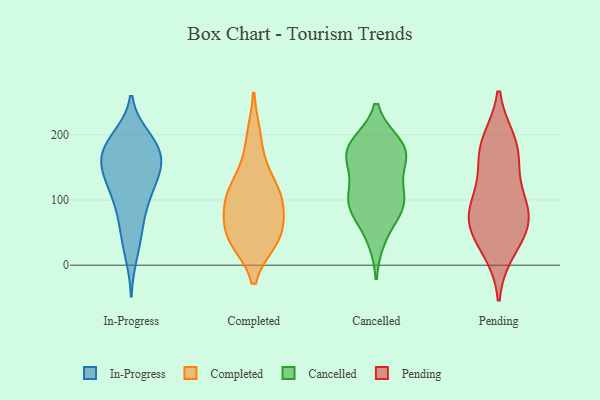
{"axis": {"x": "LTV (USD)", "y": "Value"}, "legend": ["Cancelled", "Completed", "In-Progress", "Pending"], "data": [{"x": "", "y": 103, "type": "In-Progress"}, {"x": "", "y": 56, "type": "In-Progress"}, {"x": "", "y": 197, "type": "In-Progress"}, {"x": "", "y": 44, "type": "In-Progress"}, {"x": "", "y": 80, "type": "In-Progress"}, {"x": "", "y": 167, "type": "In-Progress"}, {"x": "", "y": 149, "type": "In-Progress"}, {"x": "", "y": 136, "type": "In-Progress"}, {"x": "", "y": 178, "type": "In-Progress"}, {"x": "", "y": 154, "type": "In-Progress"}, {"x": "", "y": 192, "type": "In-Progress"}, {"x": "", "y": 182, "type": "In-Progress"}, {"x": "", "y": 142, "type": "In-Progress"}, {"x": "", "y": 164, "type": "In-Progress"}, {"x": "", "y": 111, "type": "In-Progress"}, {"x": "", "y": 107, "type": "In-Progress"}, {"x": "", "y": 144, "type": "In-Progress"}, {"x": "", "y": 14, "type": "In-Progress"}, {"x": "", "y": 193, "type": "In-Progress"}, {"x": "", "y": 197, "type": "Completed"}, {"x": "", "y": 93, "type": "Completed"}, {"x": "", "y": 94, "type": "Completed"}, {"x": "", "y": 39, "type": "Completed"}, {"x": "", "y": 105, "type": "Completed"}, {"x": "", "y": 143, "type": "Completed"}, {"x": "", "y": 41, "type": "Completed"}, {"x": "", "y": 112, "type": "Completed"}, {"x": "", "y": 44, "type": "Completed"}, {"x": "", "y": 50, "type": "Completed"}, {"x": "", "y": 180, "type": "Cancelled"}, {"x": "", "y": 147, "type": "Cancelled"}, {"x": "", "y": 172, "type": "Cancelled"}, {"x": "", "y": 83, "type": "Cancelled"}, {"x": "", "y": 95, "type": "Cancelled"}, {"x": "", "y": 111, "type": "Cancelled"}, {"x": "", "y": 180, "type": "Cancelled"}, {"x": "", "y": 96, "type": "Cancelled"}, {"x": "", "y": 185, "type": "Cancelled"}, {"x": "", "y": 166, "type": "Cancelled"}, {"x": "", "y": 94, "type": "Cancelled"}, {"x": "", "y": 41, "type": "Cancelled"}, {"x": "", "y": 172, "type": "Pending"}, {"x": "", "y": 142, "type": "Pending"}, {"x": "", "y": 75, "type": "Pending"}, {"x": "", "y": 84, "type": "Pending"}, {"x": "", "y": 64, "type": "Pending"}, {"x": "", "y": 185, "type": "Pending"}, {"x": "", "y": 102, "type": "Pending"}, {"x": "", "y": 39, "type": "Pending"}, {"x": "", "y": 23, "type": "Pending"}, {"x": "", "y": 73, "type": "Pending"}, {"x": "", "y": 189, "type": "Pending"}]}